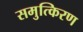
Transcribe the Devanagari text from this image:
समुत्किरण